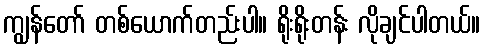
ကျွန်တော် တစ်ယောက်တည်းပါ။ ရိုးရိုးတန်း လိုချင်ပါတယ်။